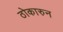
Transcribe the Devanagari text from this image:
ठोकारुन